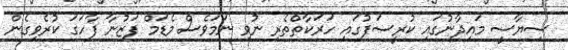
ސިޔާސީ މައިދާނުގައި ކުރީސަފުގައި ހަރަކާތްތެރި ނުވި ނަމަވެސް މެޑަމް ފަޒުނާ ފާހަގަ ކުރެވިގެން